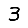
Digit: 3